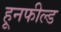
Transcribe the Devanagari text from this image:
हूनफील्ड